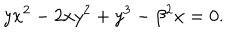
LaTeX: y x ^ { 2 } - 2 x y ^ { 2 } + y ^ { 3 } - \beta ^ { 2 } x = 0 .